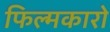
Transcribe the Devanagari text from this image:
फिल्मकारो